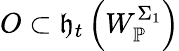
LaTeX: O\subset\mathfrak{h}_{t}\left(W_{\mathbb{{P}}}^{\Sigma_{1}}\right)